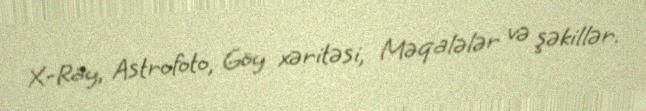
X-Ray, Astrofoto, Göy xəritəsi, Məqalələr və şəkillər.